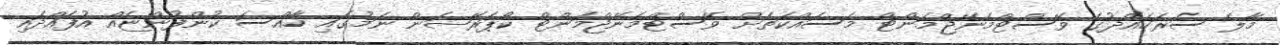
މާލެ ސަރަހައްދުގެ ވޭސްޓްމެނޭޖްމަންޓް މަސައްކަތަށް ވޭސްޓްމެނޭޖްމަންޓް ކޯޕަރޭޝަން ނަމުގައި ހާއްސަ ކުންފުންޏެއް އުފައްދައި